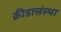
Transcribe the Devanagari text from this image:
क्रीडासंस्था